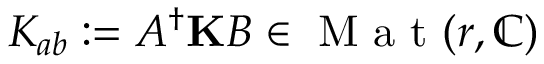
K _ { a b } : = A ^ { \dagger } \mathbf { K } B \in \mathrm { ~ M ~ a ~ t ~ } ( r , \mathbb { C } )